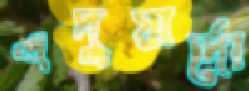
এদুয়ার্দো